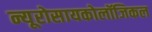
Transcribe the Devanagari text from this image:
न्यूरोसायकोलॉजिकल